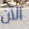
الآن